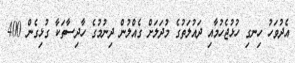
އެދުވަހު ހިނގި ހުޅުޖެހުމާއި ދައުލަތުގެ މުދަލަށް ގެއްލުން ދިނުމުގެ ހާދިސާތަކާ ގުޅިގެން 400